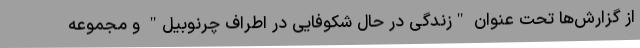
از گزارش‌ها تحت عنوان "زندگی در حال شکوفایی در اطراف چرنوبیل" و مجموعه